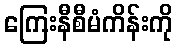
ကြေးနီစီမံကိန်းကို